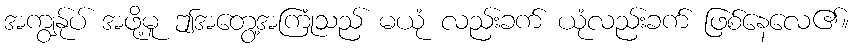
အကျွန်ုပ် အဖို့မူ ဤအတွေ့အကြုံသည် မယုံ လည်းခက် ယုံလည်းခက် ဖြစ်နေလေ၏။